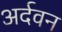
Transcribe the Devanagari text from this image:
अर्दवन